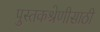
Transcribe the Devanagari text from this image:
पुस्तकश्रेणीसाठी